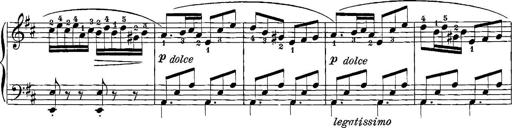
Title: 12 Sonatinas
Composer: Ignaz Pleyel